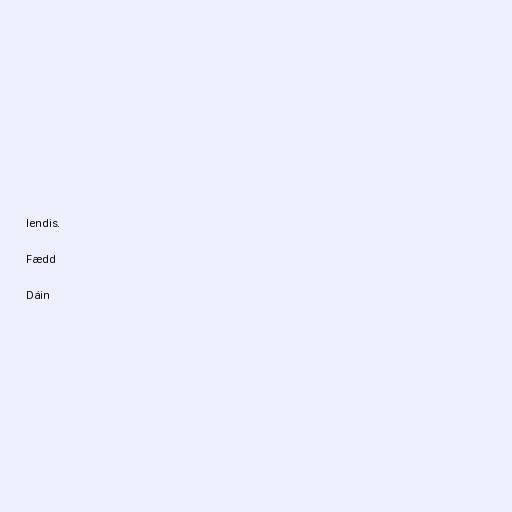
lendis.

Fædd

Dáin